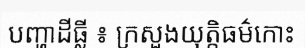
បញ្ហាដីធ្លី ៖ ក្រសួងយុត្តិធម៌កោះ